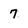
Character: 7